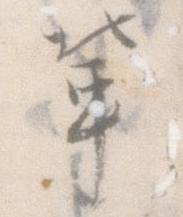
輩